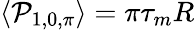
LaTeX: \langle\mathcal{P}_{1,0,\pi}\rangle=\pi\tau_{m}R